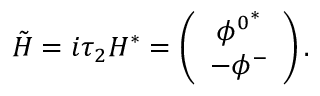
\tilde { H } = i \tau _ { 2 } H ^ { * } = \left( \begin{array} { c } { { { \phi ^ { 0 } } ^ { * } } } \\ { { - \phi ^ { - } } } \end{array} \right) .